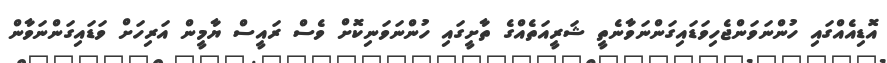
އޮޑިއެއްގައި ހުންނަވަންޖެހިވަޑައިގަންނަވާނެތީ ޝަރީއަތެއްގެ ތާށީގައި ހުންނަވަނިކޮށް ވެސް ރައީސް ޔާމީން އަރިހަށް ވަޑައިގަންނަވާން